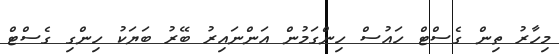
މިހާރު ތިން ގެސްޓް ހައުސް ހިންގަމުން އަންނައިރު ބޭރު ބަޔަކު ހިންގި ގެސްޓް